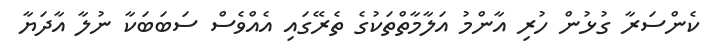
ކެންސަރާ ގުޅުން ހުރި އާންމު އަލާމާތްތަކުގެ ތެރޭގައި އެއްވެސް ސަބަބަކާ ނުލާ އާދަޔާ